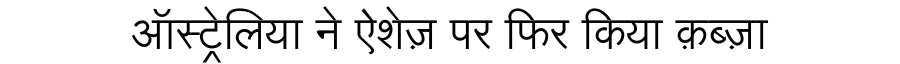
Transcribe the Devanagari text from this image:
ऑस्ट्रेलिया ने ऐशेज़ पर फिर किया क़ब्ज़ा